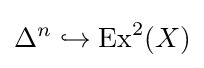
\Delta ^{n}\hookrightarrow \operatorname {Ex} ^{2}(X)